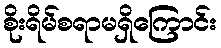
စိုးရိမ်စရာမရှိကြောင်း